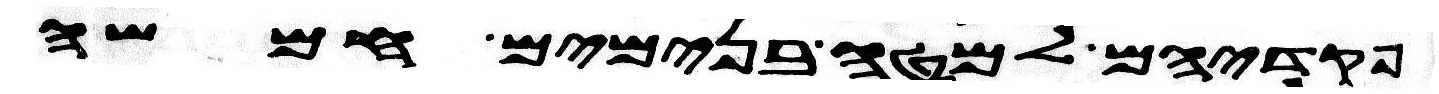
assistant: פקדיהם למטה בנימים חמשה